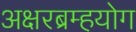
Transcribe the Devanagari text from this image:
अक्षरब्रम्हयोग